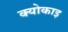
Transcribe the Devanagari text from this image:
क्योकाइ